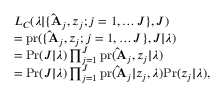
\begin{array} { r l } & { L _ { C } ( \boldsymbol { \lambda } | \{ \mathbf { \hat { A } } _ { j } , \boldsymbol { z } _ { j } ; j = 1 , \ldots J \} , J ) } \\ & { = \mathrm { p r } ( \{ \mathbf { \hat { A } } _ { j } , \boldsymbol { z } _ { j } ; j = 1 , \ldots J \} , J | \boldsymbol { \lambda } ) } \\ & { = \mathrm { P r } ( J | \boldsymbol { \lambda } ) \prod _ { j = 1 } ^ { J } \mathrm { p r } ( \mathbf { \hat { A } } _ { j } , \boldsymbol { z } _ { j } | \boldsymbol { \lambda } ) } \\ & { = \mathrm { P r } ( J | \boldsymbol { \lambda } ) \prod _ { j = 1 } ^ { J } \mathrm { p r } ( \mathbf { \hat { A } } _ { j } | \boldsymbol { z } _ { j } , \boldsymbol { \lambda } ) \mathrm { P r } ( \boldsymbol { z } _ { j } | \boldsymbol { \lambda } ) , } \end{array}